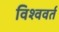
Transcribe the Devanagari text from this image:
विश्ववर्त